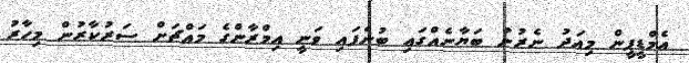
އެމްޑީޕީން މިއަދު ނެރުނު ބަޔާނެއްގައި ބުނެފައި ވަނީ އިމްރާންގެ މައްޗަށް ސަރުކާރުން މިހާރު